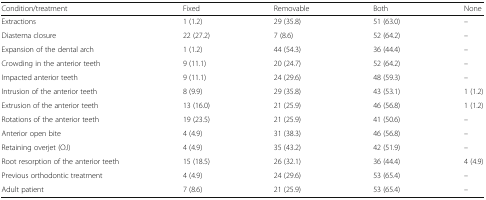
<table><thead><tr><td><b>Condition/treatment</b></td><td><b>Fixed</b></td><td><b>Removable</b></td><td><b>Both</b></td><td><b>None</b></td></tr></thead><tbody><tr><td>Extractions</td><td>1 (1.2)</td><td>29 (35.8)</td><td>51 (63.0)</td><td>–</td></tr><tr><td>Diastema closure</td><td>22 (27.2)</td><td>7 (8.6)</td><td>52 (64.2)</td><td>–</td></tr><tr><td>Expansion of the dental arch</td><td>1 (1.2)</td><td>44 (54.3)</td><td>36 (44.4)</td><td>–</td></tr><tr><td>Crowding in the anterior teeth</td><td>9 (11.1)</td><td>20 (24.7)</td><td>52 (64.2)</td><td>–</td></tr><tr><td>Impacted anterior teeth</td><td>9 (11.1)</td><td>24 (29.6)</td><td>48 (59.3)</td><td>–</td></tr><tr><td>Intrusion of the anterior teeth</td><td>8 (9.9)</td><td>29 (35.8)</td><td>43 (53.1)</td><td>1 (1.2)</td></tr><tr><td>Extrusion of the anterior teeth</td><td>13 (16.0)</td><td>21 (25.9)</td><td>46 (56.8)</td><td>1 (1.2)</td></tr><tr><td>Rotations of the anterior teeth</td><td>19 (23.5)</td><td>21 (25.9)</td><td>41 (50.6)</td><td>–</td></tr><tr><td>Anterior open bite</td><td>4 (4.9)</td><td>31 (38.3)</td><td>46 (56.8)</td><td>–</td></tr><tr><td>Retaining overjet (OJ)</td><td>4 (4.9)</td><td>35 (43.2)</td><td>42 (51.9)</td><td>–</td></tr><tr><td>Root resorption of the anterior teeth</td><td>15 (18.5)</td><td>26 (32.1)</td><td>36 (44.4)</td><td>4 (4.9)</td></tr><tr><td>Previous orthodontic treatment</td><td>4 (4.9)</td><td>24 (29.6)</td><td>53 (65.4)</td><td>–</td></tr><tr><td>Adult patient</td><td>7 (8.6)</td><td>21 (25.9)</td><td>53 (65.4)</td><td>–</td></tr></tbody></table>